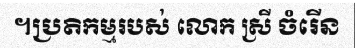
។ប្រតិកម្មរបស់ លោក ស្រី ចំរើន